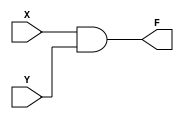
`timescale 1 ns/1 ns
module and2(X,Y,F);
  input X,Y;
  output F;
  reg F,A;
  always @(X, Y)begin
    F<=X & Y;
    A<=X | Y;
  end
endmodule

module xor2(X,Y,F);
  input X,Y;
  output F;
  reg F;
  always @(X, Y)begin
    F<= X^Y;  
  end
endmodule

module SR_Latch(set,reset,Q);
  input set,reset;
  output Q;
  wire set,reset;
  wire Qprime,Q;
  
    assign Q = !(reset | Qprime);
    assign Qprime= !(set | Q);
  
 /* always begin
  #20  set<=0;  reset<=0; 
  #20  set<=0;  reset<=1; 
  #20  set<=1;  reset<=0; 
  #20  set<=1;  reset<=1; 
  end*/
  
  
endmodule

module main();
  reg A,B,C;
  wire w1,w2,final;
  and2 gate1(A,B,w1);
  and2 gate2(A,C,w2);
  xor2 gate3(w1,w2,final); 
  SR_Latch SR(A,B,final); 
  always begin
    #20 A<=0; B<=0;
     #20 A<=0; B<=1;
      #20 A<=1; B<=0;
       #20 A<=1; B<=1;
   /* #20 A<=0; B<=0; C<=0;
    #20 A<=0; B<=0; C<=1;
    #20 A<=0; B<=1; C<=0;
    #20 A<=0; B<=1; C<=1;
    #20 A<=1; B<=0; C<=0;
    #20 A<=1; B<=0; C<=1;
    #20 A<=1; B<=1; C<=0;
    #20 A<=1; B<=1; C<=1;*/
  end  
endmodule